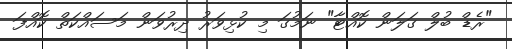
"ރެޑް ބުލް ގަލަން ކޮއްޓާ" ނަމުގަ މި ކުޅިވަރު ދިރުވަން މަސައްކަތް ކޮއްފަ